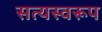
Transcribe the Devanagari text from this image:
सत्‍यस्‍वरूप